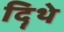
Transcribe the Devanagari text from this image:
दिॄथे